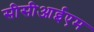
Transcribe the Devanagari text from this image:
सीसीआईएम